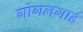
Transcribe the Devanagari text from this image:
गोगलगाई